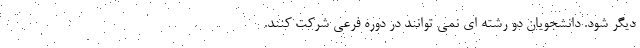
دیگر شود. دانشجویان دو رشته ای نمی توانند در دوره فرعی شرکت کنند.